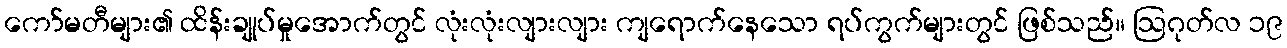
ကော်မတီများ၏ ထိန်းချုပ်မှုအောက်တွင် လုံးလုံးလျားလျား ကျရောက်နေသော ရပ်ကွက်များတွင် ဖြစ်သည်။ ဩဂုတ်လ ၁၉